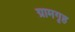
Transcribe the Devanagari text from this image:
ग्रामगृह